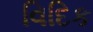
વિદિક